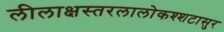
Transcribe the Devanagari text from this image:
लीलाक्षस्तरलालोकश्शटासुर